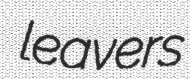
leavers